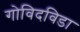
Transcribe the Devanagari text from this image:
गोविदविडा